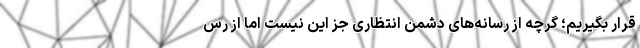
قرار بگیریم؛ گرچه از رسانه‌های دشمن انتظاری جز این نیست اما از رس